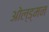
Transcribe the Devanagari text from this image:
ओल्ड्मन